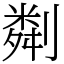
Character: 㔂